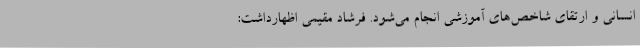
انسانی و ارتقای شاخص‌های آموزشی انجام می‌شود. فرشاد مقیمی اظهارداشت: